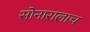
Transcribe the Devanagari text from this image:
सोनारालाच